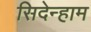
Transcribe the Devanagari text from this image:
सिदेन्हाम